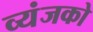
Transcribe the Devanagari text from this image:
व्यंजको